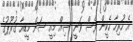
އެ ހުރިހާ ހެކީން ވެސް ވަނީ ސިއް މިއީ ސަން މީޑިއާ ގުރޫޕުގެ